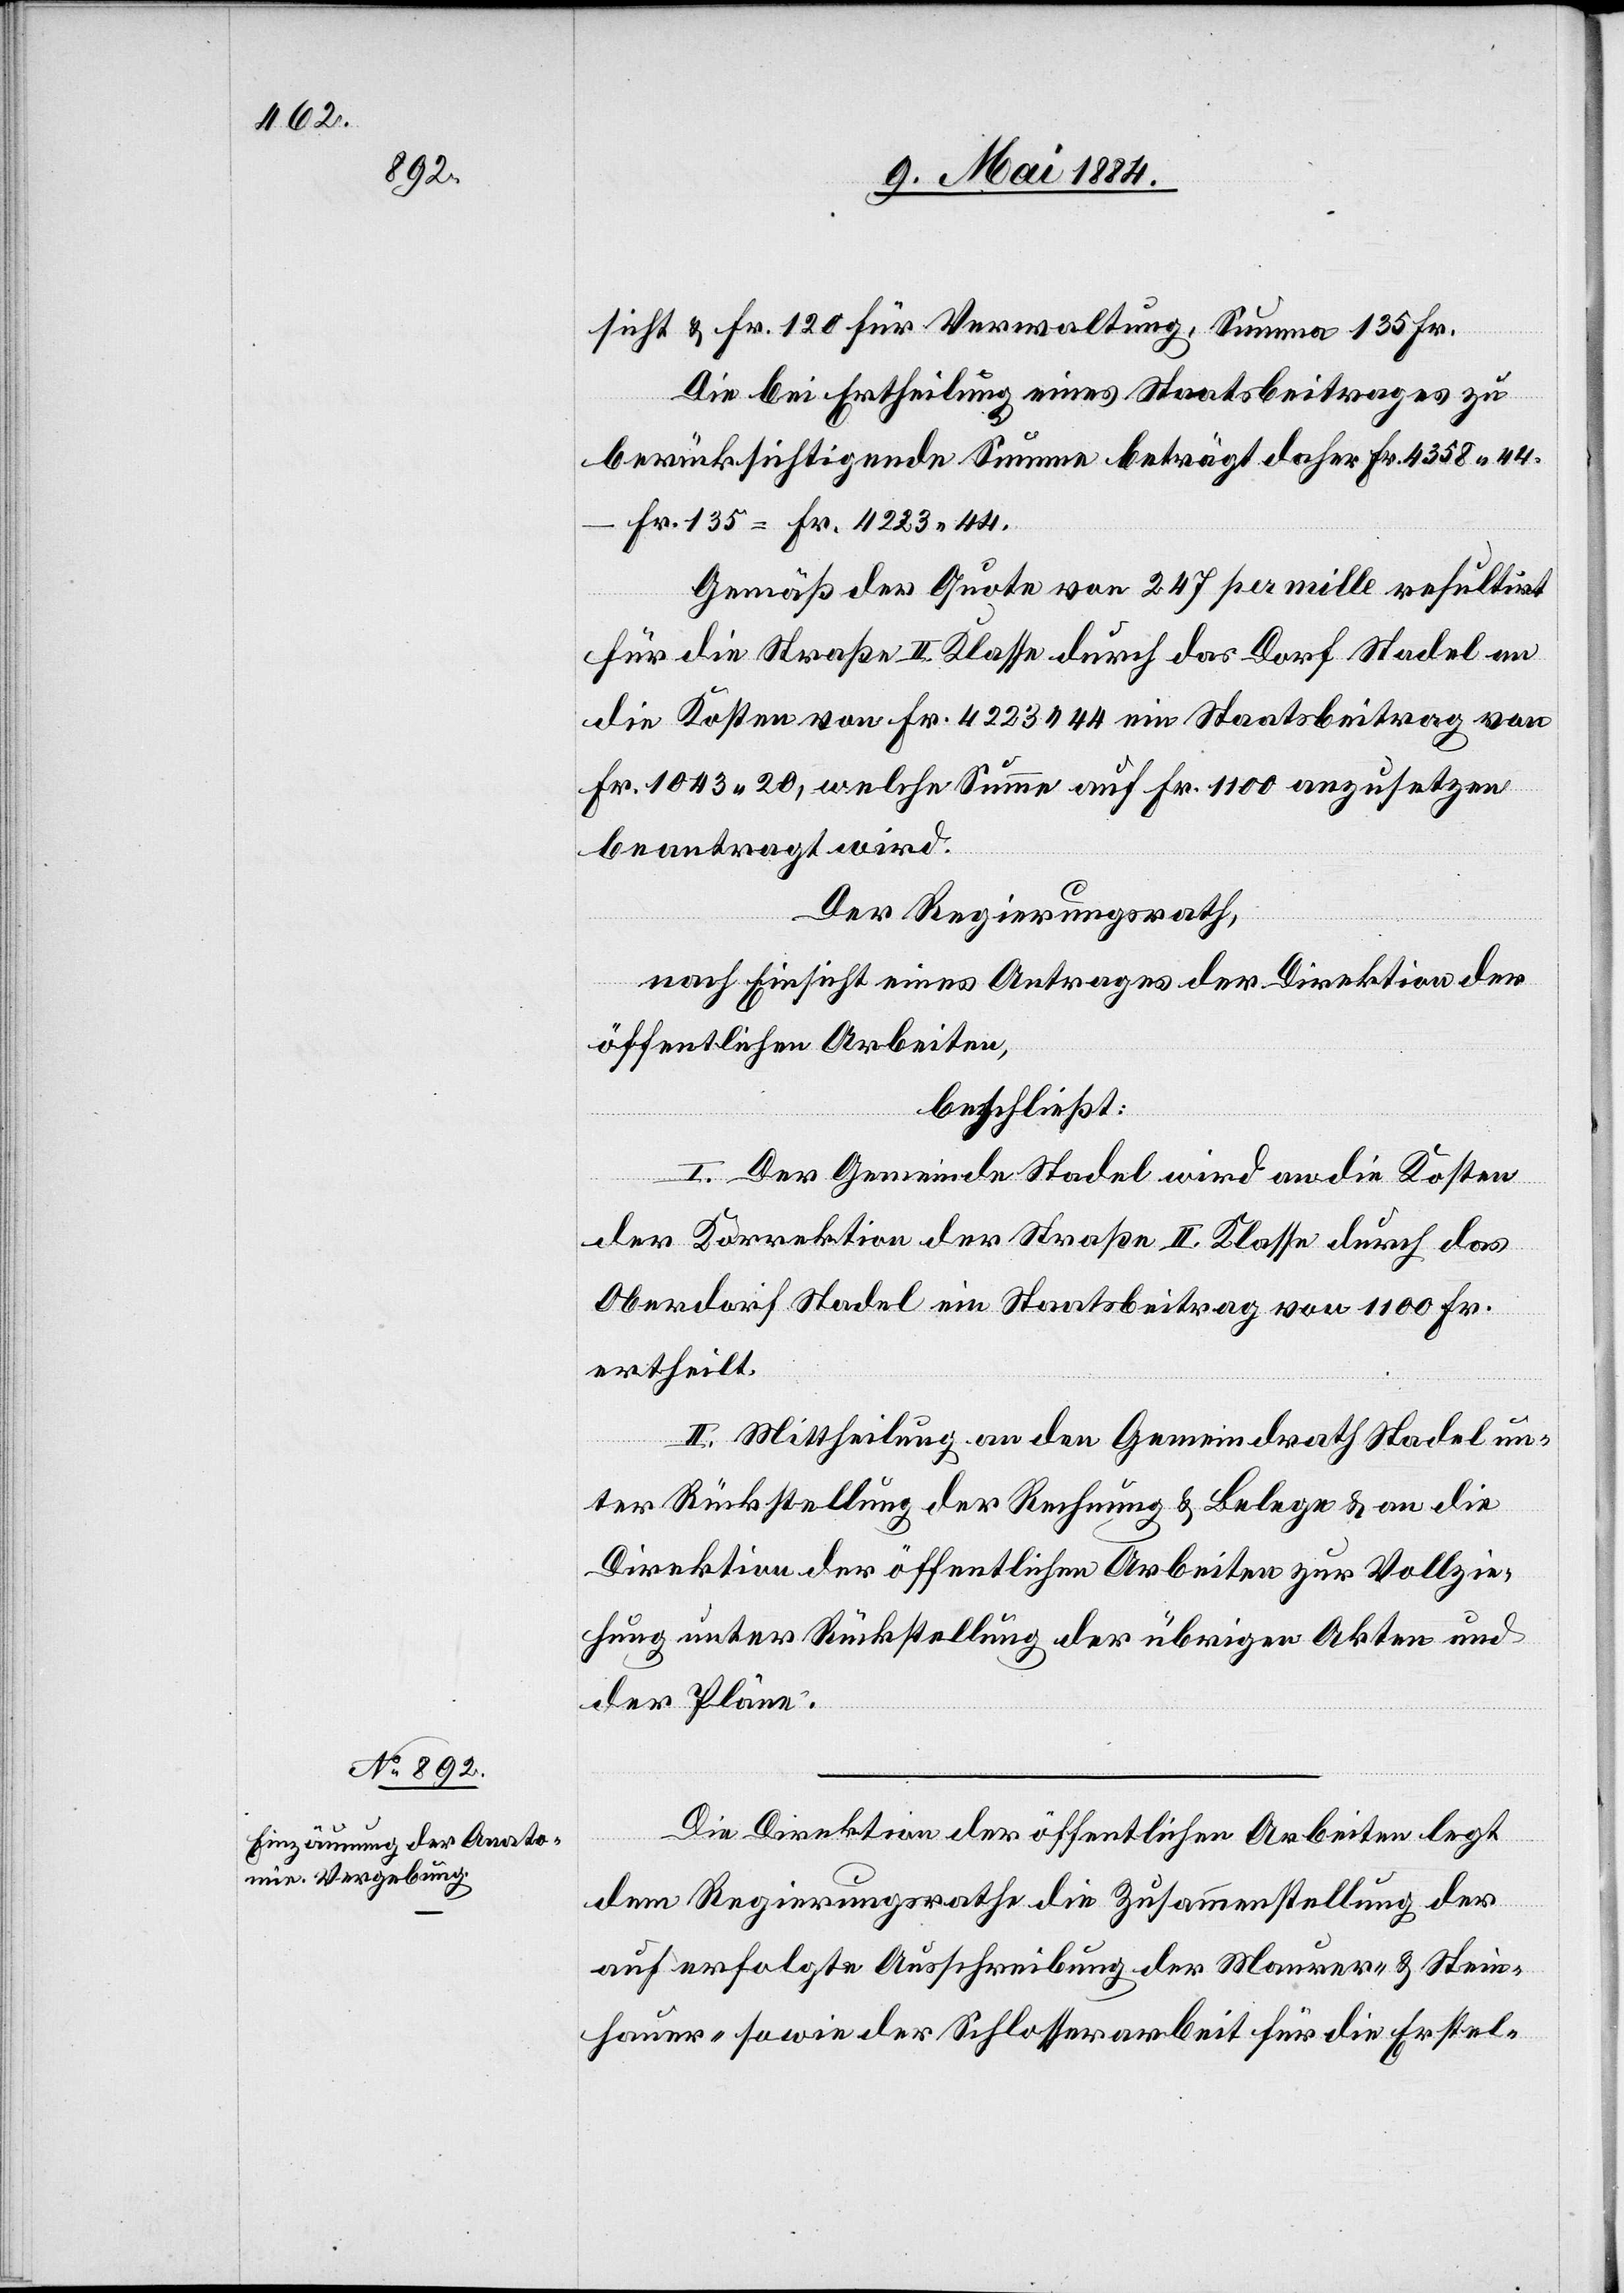
sicht & Fr. 120 für Verwaltung, Summa 135 Fr.
Die bei Ertheilung eines Staatsbeitrages zu
berücksichtigende Summe beträgt daher Fr. 4358 44 –
Fr. 135 = Fr. 4223 44.
Gemäß der Quote von 247 per mille resultirt
für die Straße II. Klasse durch das Dorf Stadel an
die Kosten von Fr. 4223 44 ein Staatsbeitrag von
Fr. 1043 20, welche Summe auf Fr. 1100 anzusetzen
beantragt wird.
Der Regierungsrath,
nach Einsicht eines Antrages der Direktion der
öffentlichen Arbeiten,
beschließt:
I. Der Gemeinde Stadel wird an die Kosten
der Korrektion der Straße II. Klasse durch das
Oberdorf Stadel ein Staatsbeitrag von 1100 Fr.
ertheilt.
II. Mittheilung an den Gemeindrath Stadel un¬
ter Rückstellung der Rechnung & Belege & an die
Direktion der öffentlichen Arbeiten zur Vollzie¬
der Pläne.
Die Direktion der öffentlichen Arbeiten legt
Akten
dem Regierungsrathe die Zusammenstellung der
auf erfolgte Ausschreibung der Maurer- & Stein¬
hauer- sowie der Schlosserarbeit für die Erstel-